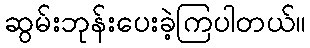
ဆွမ်းဘုန်းပေးခဲ့ကြပါတယ်။